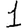
Digit: 1